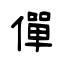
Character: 僤